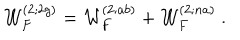
{ \cal W } _ { F } ^ { ( 2 ; 2 g ) } = { \cal W } _ { F } ^ { ( 2 ; a b ) } + { \cal W } _ { F } ^ { ( 2 ; n a ) } \ .